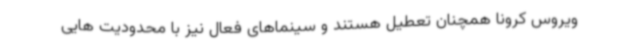
ویروس کرونا همچنان تعطیل هستند و سینماهای فعال نیز با محدودیت هایی